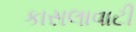
કાસલાવાટી